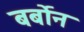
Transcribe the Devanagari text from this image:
बर्बोन